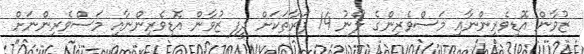
ޒުވާން އޮޑިވެރިންނާއި މަސްވެރިންގެ ލޯނު 14 ފަރާތަކަށް ދީފި ޒުވާން އޮޑިވެރިންނާއި މަސްވެރިންނަށް